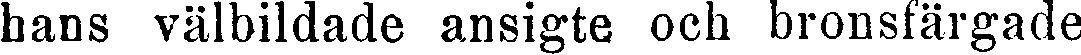
hans välbildade ansigte och bronsfärgade